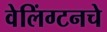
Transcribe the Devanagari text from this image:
वेलिंग्टनचे